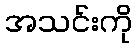
အသင်းကို